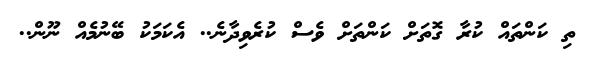
ތި ކަންތައް ކުރާ ގޮތަށް ކަންތަށް ވެސް ކުރެވިދާނެ.. އެކަމަކު ބޭނުމެއް ނޫން..